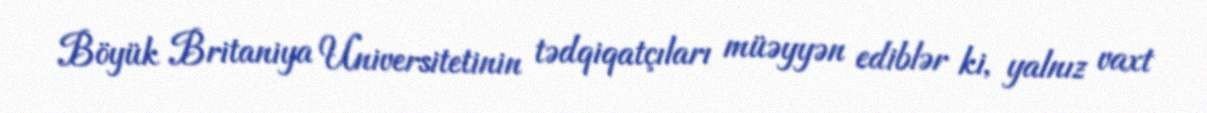
Böyük Britaniya Universitetinin tədqiqatçıları müəyyən ediblər ki, yalnız vaxt